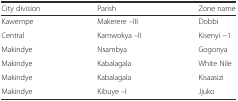
| City division | Parish | Zone name |
 | --- | --- | --- |
 | Kawempe | Makerere –III | Dobbi |
 | Central | Kamwokya –II | Kisenyi −1 |
 | Makindye | Nsambya | Gogonya |
 | Makindye | Kabalagala | White Nile |
 | Makindye | Kabalagala | Kisaasizi |
 | Makindye | Kibuye –I | Jjuko |